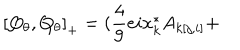
\left[ Q _ { \theta } , Q _ { \theta } \right] _ { + } = ( \frac { 4 } { 9 } e i x _ { k } ^ { * } A _ { k [ j , i ] } +